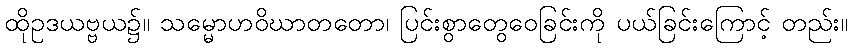
ထိုဥဒယဗ္ဗယ၌။ သမ္မောဟဝိဃာတတော၊ ပြင်းစွာတွေဝေခြင်းကို ပယ်ခြင်းကြောင့် တည်း။